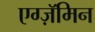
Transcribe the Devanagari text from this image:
एग्ज़ॅमिन